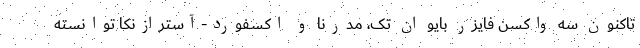
تاکنون سه واکسن فایزر بایو ان تک، مدرنا و اکسفورد-آسترازنکا توانسته